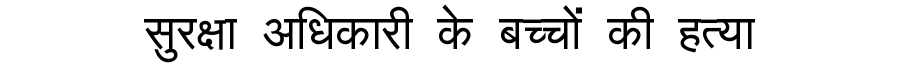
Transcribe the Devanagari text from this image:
सुरक्षा अधिकारी के बच्चों की हत्या